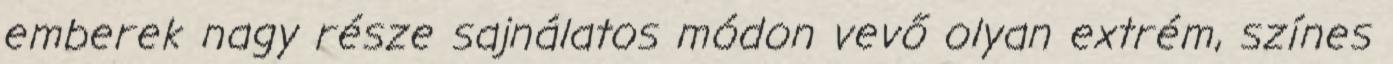
emberek nagy része sajnálatos módon vevő olyan extrém, színes